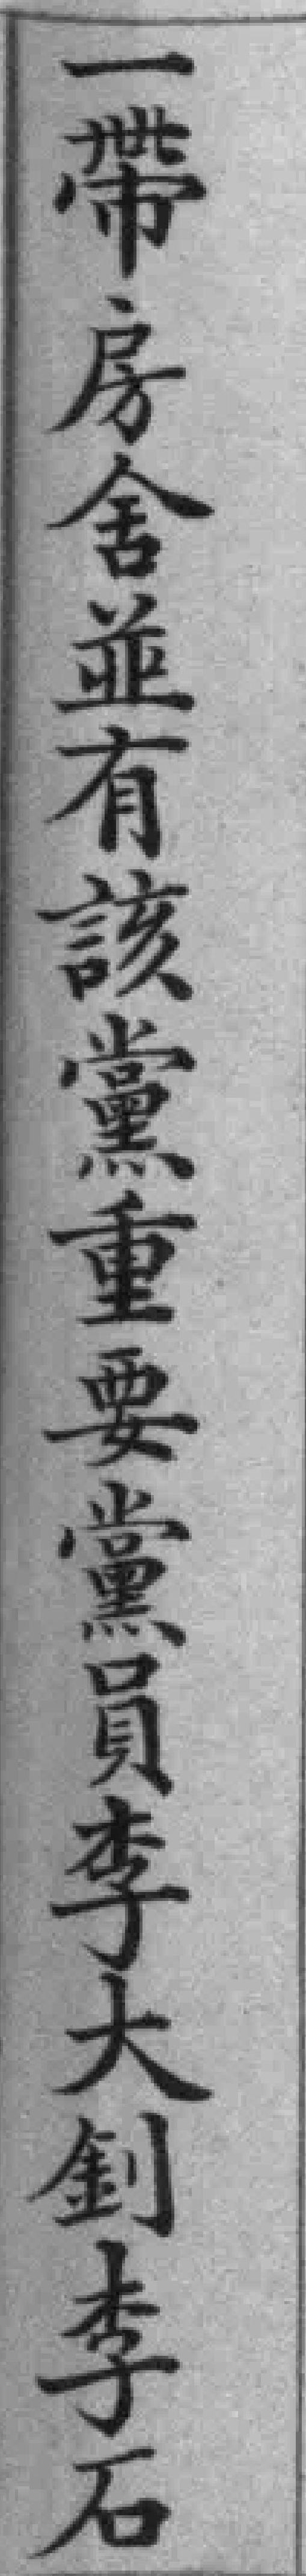
一帶房舍並有該黨重要黨員李大到李石